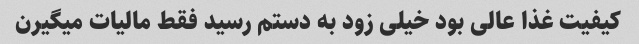
کیفیت غذا عالی بود خیلی زود به دستم رسید فقط مالیات میگیرن